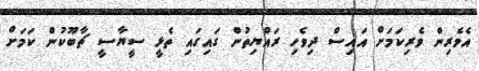
އެވެރިން ވެރިކަމަށް އައިސް ދިވެހި ރައްޔިތުން ގައިގައި ތެޅީ ސީޔާސީ ޗާބޫކުން ކަމަށް